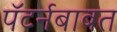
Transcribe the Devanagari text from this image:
पॅटर्नबाबत